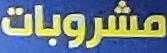
مشروبات